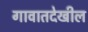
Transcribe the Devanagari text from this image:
गावातदेखील